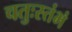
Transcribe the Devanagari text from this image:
चतुःस्तंभं